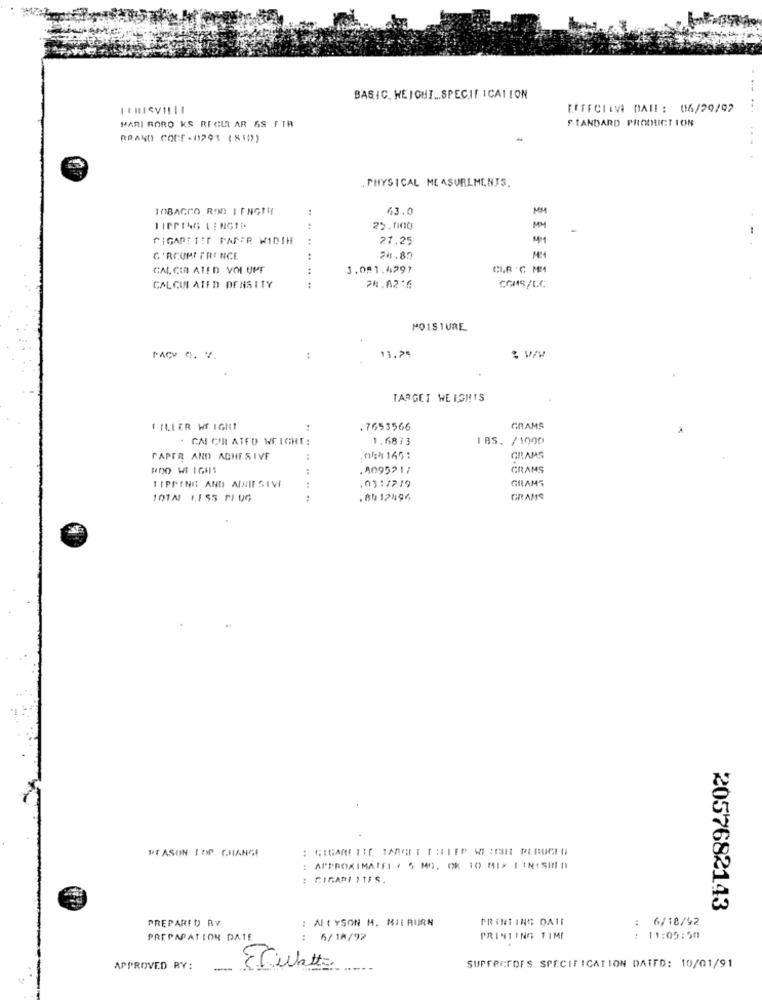
BASIC. HEIGHI ... SPECIFICATION
EFFECTIVE DATE : 06/29/92
MARI BORO KS REGULAR 68 FTB
FIANDARD PRODUCTION
BRANDY CODE -0293 (SID)
. PHYSICAL ME ASURLME,NJS.
InBAGCO ROD LENGTH
:
63.0
MM
TIPPING LENGTE.
25.000
GIGAPETIT PAPER WIDTH
27.25
M1
C'RCUMI FRE NCE
24.87
CALCUL ATED VOI UPF
3.081.4297
CALCUL AIFD DENSITY
:
24.02:6
COMS/CC
MOISTURE
:
11.24
TARGET WEIGHTS
FILLER W IGHT
:
.7653566
GRAMS
. GAI CULATED WEICHE:
1.6873
IBS. /1000
PAPER AND ADHESIVE
04:4 165:
GRAMS
ROD WEIGHS
.5095217
GRAMS
GRAMS
TIPPING AND AINIE SIVE
..
.03:1719
.8912496
GRAMS
REASON IOP CHANGE
: APPROXIMAIFI . 5 MG. OR 10 MIX | INISIND
CIGAPI ITES.
2057682143
PREPARED BY
: ALLYSON M. MIL BURN
PRINTING DATE
6/10/92
PREPARATION DATE
:
6/18/97
PRINTING TIME
11:05:50
APPROVED RY:
-
SUPFACTOFS SPECIFICATION DAIFD: 10/01/91